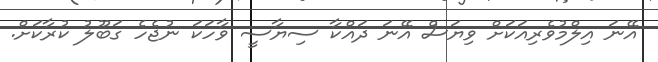
އޭނަ އިލްމުވެރިއަކަށް ވިޔަސް އޭނަ ދައްކާ ސިޔާސީ ވާހަކަ ނުޖެހެ ގަބޫލު ކުރާކަށް.